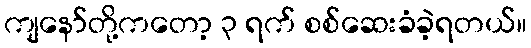
ကျနော်တို့ကတော့ ၃ ရက် စစ်ဆေးခံခဲ့ရတယ်။